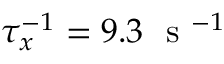
\tau _ { x } ^ { - 1 } = 9 . 3 ~ \mathrm { ~ s ~ } ^ { - 1 }